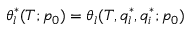
\theta _ { l } ^ { * } ( T ; p _ { 0 } ) = \theta _ { l } ( T , q _ { l } ^ { * } , q _ { i } ^ { * } ; p _ { 0 } )